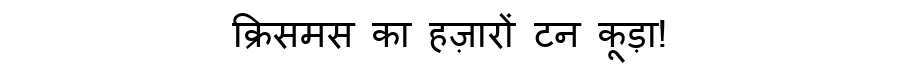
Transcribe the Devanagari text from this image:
क्रिसमस का हज़ारों टन कूड़ा!